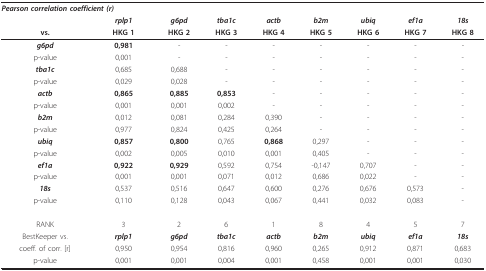
<table><thead><tr><td colspan="2"><b><i>Pearson correlation coefficient (r)</i></b></td><td></td><td></td><td></td><td></td><td></td><td></td><td></td></tr><tr><td></td><td><b><i>rplp1</i></b></td><td><b><i>g6pd</i></b></td><td><b><i>tba1c</i></b></td><td><b><i>actb</i></b></td><td><b><i>b2m</i></b></td><td><b><i>ubiq</i></b></td><td><b><i>ef1a</i></b></td><td><b><i>18s</i></b></td></tr><tr><td><b>vs.</b></td><td><b>HKG 1</b></td><td><b>HKG 2</b></td><td><b>HKG 3</b></td><td><b>HKG 4</b></td><td><b>HKG 5</b></td><td><b>HKG 6</b></td><td><b>HKG 7</b></td><td><b>HKG 8</b></td></tr></thead><tbody><tr><td><b><i>g6pd</i></b></td><td><b>0,981</b></td><td>-</td><td>-</td><td>-</td><td>-</td><td>-</td><td>-</td><td>-</td></tr><tr><td>p-value</td><td>0,001</td><td>-</td><td>-</td><td>-</td><td>-</td><td>-</td><td>-</td><td>-</td></tr><tr><td><b><i>tba1c</i></b></td><td>0,685</td><td>0,688</td><td>-</td><td>-</td><td>-</td><td>-</td><td>-</td><td>-</td></tr><tr><td>p-value</td><td>0,029</td><td>0,028</td><td>-</td><td>-</td><td>-</td><td>-</td><td>-</td><td>-</td></tr><tr><td><b><i>actb</i></b></td><td><b>0,865</b></td><td><b>0,885</b></td><td><b>0,853</b></td><td>-</td><td>-</td><td>-</td><td>-</td><td>-</td></tr><tr><td>p-value</td><td>0,001</td><td>0,001</td><td>0,002</td><td>-</td><td>-</td><td>-</td><td>-</td><td>-</td></tr><tr><td><b><i>b2m</i></b></td><td>0,012</td><td>0,081</td><td>0,284</td><td>0,390</td><td>-</td><td>-</td><td>-</td><td>-</td></tr><tr><td>p-value</td><td>0,977</td><td>0,824</td><td>0,425</td><td>0,264</td><td>-</td><td>-</td><td>-</td><td>-</td></tr><tr><td><b><i>ubiq</i></b></td><td><b>0,857</b></td><td><b>0,800</b></td><td>0,765</td><td><b>0,868</b></td><td>0,297</td><td>-</td><td>-</td><td>-</td></tr><tr><td>p-value</td><td>0,002</td><td>0,005</td><td>0,010</td><td>0,001</td><td>0,405</td><td>-</td><td>-</td><td>-</td></tr><tr><td><b><i>ef1a</i></b></td><td><b>0,922</b></td><td><b>0,929</b></td><td>0,592</td><td>0,754</td><td>-0,147</td><td>0,707</td><td>-</td><td>-</td></tr><tr><td>p-value</td><td>0,001</td><td>0,001</td><td>0,071</td><td>0,012</td><td>0,686</td><td>0,022</td><td>-</td><td>-</td></tr><tr><td><b><i>18s</i></b></td><td>0,537</td><td>0,516</td><td>0,647</td><td>0,600</td><td>0,276</td><td>0,676</td><td>0,573</td><td>-</td></tr><tr><td>p-value</td><td>0,110</td><td>0,128</td><td>0,043</td><td>0,067</td><td>0,441</td><td>0,032</td><td>0,083</td><td>-</td></tr><tr><td>RANK</td><td>3</td><td>2</td><td>6</td><td>1</td><td>8</td><td>4</td><td>5</td><td>7</td></tr><tr><td>BestKeeper vs.</td><td><b><i>rplp1</i></b></td><td><b><i>g6pd</i></b></td><td><b><i>tba1c</i></b></td><td><b><i>actb</i></b></td><td><b><i>b2m</i></b></td><td><b><i>ubiq</i></b></td><td><b><i>ef1a</i></b></td><td><b><i>18s</i></b></td></tr><tr><td>coeff. of corr. [r]</td><td>0,950</td><td>0,954</td><td>0,816</td><td>0,960</td><td>0,265</td><td>0,912</td><td>0,871</td><td>0,683</td></tr><tr><td>p-value</td><td>0,001</td><td>0,001</td><td>0,004</td><td>0,001</td><td>0,458</td><td>0,001</td><td>0,001</td><td>0,030</td></tr></tbody></table>